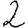
Digit: 2